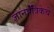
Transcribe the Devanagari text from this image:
ज्ञानपत्रिकेचे